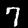
Label: 7